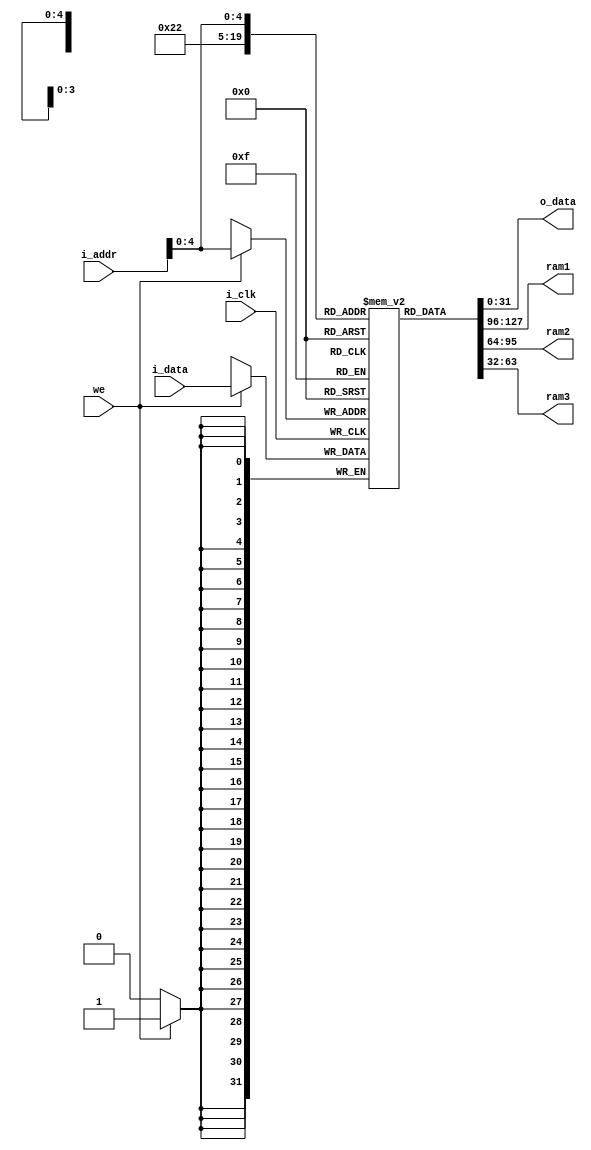
//////////////////////////////////////////////////////////////////////////////////
// School: Korea Univ
// Cource : ASIC design
// 
/////////////////////////////////////////////////////////////////////////////////
module data_mem (
    input wire i_clk, we,
    input wire [31:0] i_data,
    input wire [31:0] i_addr,
    output wire [31:0] o_data,
    output wire [31:0] ram1,
    output wire [31:0] ram2,
    output wire [31:0] ram3
);


    reg [31:0] ram [0:31];
    assign ram1 = ram[0];
    assign ram2 = ram[1];
    assign ram3 = ram[2];
    
    always @(posedge i_clk)
    begin
        if(we)
            ram[i_addr[4:0]] = i_data;
    end
    
    integer i;
    initial
    begin
        for(i=0;i<32;i=i+1)
            ram[i] = 0;
    end
    
    assign o_data = ram[i_addr[4:0]];

endmodule